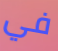
في